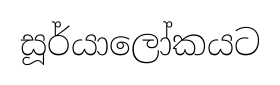
සූර්යාලෝකයට